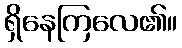
ရှိနေကြလေ၏။